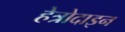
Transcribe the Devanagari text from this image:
हेत्रोदाइन